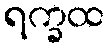
ရက္ခထ